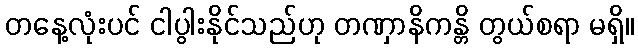
တနေ့လုံးပင် ငါပွါးနိုင်သည်ဟု တဏှာနိကန္တိ တွယ်စရာ မရှိ။